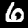
Digit: 6